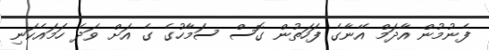
ފެނުމުން އާދަމް އޭނާގެ ފަހަތުން ގޮސް ސަމާހުގެ ގެ އަށް ވަދެ ހަމައެކަނި